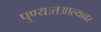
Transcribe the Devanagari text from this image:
पुण्यातआल्यावर